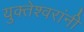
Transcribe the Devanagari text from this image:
युक्तेश्वरांनी